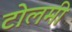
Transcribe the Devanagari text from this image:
टोलमी